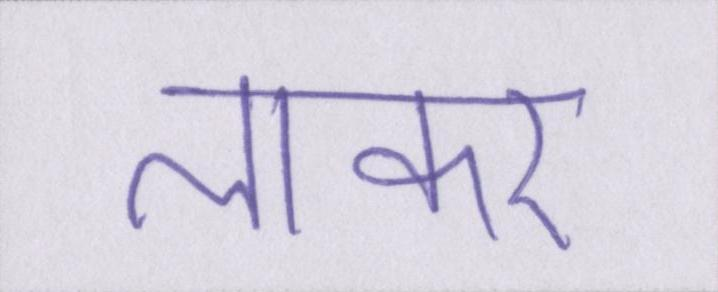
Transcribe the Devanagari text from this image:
लाकर